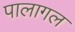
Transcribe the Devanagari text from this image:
पालागल